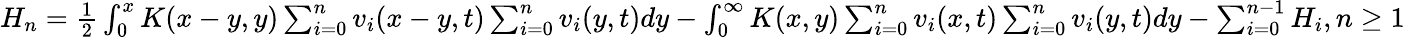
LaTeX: \begin{array}{r}{H_{n}=\frac{1}{2}\int_{0}^{x}K(x-y,y)\sum_{i=0}^{n}v_{i}(x-y,t)\sum_{i=0}^{n}v_{i}(y,t)dy-\int_{0}^{\infty}K(x,y)\sum_{i=0}^{n}v_{i}(x,t)\sum_{i=0}^{n}v_{i}(y,t)dy-\sum_{i=0}^{n-1}H_{i},n\geq 1}\end{array}